Lunatic asylums Punjab 1911-1921 - 1911-1921
Year: 1911
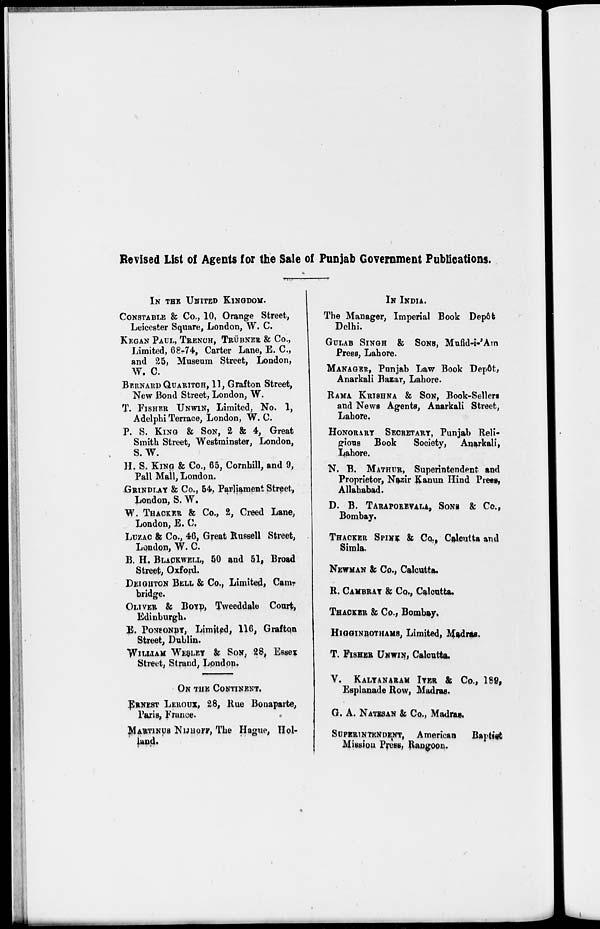
Revised List of Agents for the Sale of Punjab Government Publications.
IN THE UNITED KINGDOM.
CONSTABLE & Co., 10, Orange Street,
Leicester Square, London, W. C.
KEGAN PAUL, TRENCH, TRÜBNER & Co.,
Limited, 68.74, Carter Lane, E. C.,
and 25, Museum Street, London,
W. C.
BERNARD QUARITCH, 11, Grafton Street,
New Bond Street, London, W.
T. FISHER UNWIN, Limited, No. 1,
Adelphi Terrace, London, W. C.
P. S. KING & SON, 2 & 4, Great
Smith Street, Westminster, London,
S.W.
H. S. KING & Co., 65, Cornhill, and 9,
Pall Mall, London.
GRINDLAY & Co., 54, Parliament Street,
London, S. W.
W. THACKER & Co., 2, Creed Lane,
London, E. C.
LUZAC & Co., 46, Great Russell Street,
London, W. C.
B. H. BLACKWELL, 50 and 51, Broad
Street, Oxford.
DEIGHTON BELL & Co., Limited, Cam-
bridge.
OLIVER & BOYD, Tweeddale Court,
Edinburgh.
E. PONSONBY, Limited, 116, Grafton
Street, Dublin.
WILLIAM WESLEY & SON, 28, Essex
Street, Strand, London.
ON THE CONTINENT.
ERNEST LEROUX, 28, Rue Bonaparte,
Paris, France.
MARTINUS NIJHOFF, The Hague, Hol-
land.
IN INDIA.
The Manager, Imperial Book Depôt
Delhi,
GULAB SINGH & SONS, Mufid-i-'Am
Press, Lahore.
MANAGER, Punjab Law Book Depôt,
Anarkali Bazar, Lahore.
RAMA KRISHNA & SON, Book-Sellers
and News Agents, Anarkali Street,
Lahore,
HONORARY SECRETARY, Punjab Reli-
gious Book
Society, Anarkali,
Lahore.
N. B. MATHUR, Superintendent and
Proprietor, Nazir Kanun Hind Press,
Allahabad.
D. B. TARAPOREVALA, SONS & Co.,
Bombay.
THACKER SPINK & Co., Calcutta and
Simla.
NEWMAN & Co., Calcutta.
R. CAMBRAY & Co., Calcutta.
THACKER & Co., Bombay.
HIGGINBOTHAMS, Limited, Madras.
T. FISHER UNWIN, Calcutta.
V. KALYANARAM IYER & Co., 189,
Esplanade Row, Madras.
G. A. NATESAN & Co., Madras.
SUPERINTENDENT, American
Baptist
Mission Press, Rangoon.